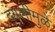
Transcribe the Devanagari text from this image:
दंगलीमुळे